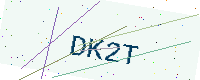
Text: DK2T